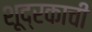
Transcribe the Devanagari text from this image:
शूद्रकाची